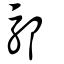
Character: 䣕